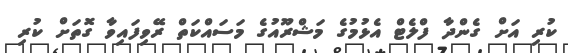
ކުރި އަށް ގެންދާ ފްލެޓް އެޅުމުގެ މަޝްރޫއުގެ މަސައްކަތް ރޭވިފައިވާ ގޮތަށް ކުރި